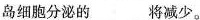
岛细胞分泌的___将减少。